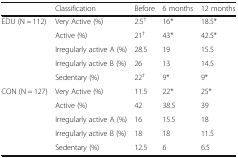
<table><thead><tr><td></td><td><b>Classification</b></td><td><b>Before</b></td><td><b>6 months</b></td><td><b>12 months</b></td></tr></thead><tbody><tr><td rowspan="4">EDU (N = 112)</td><td>Very Active (%)</td><td>2.5<sup>†</sup></td><td>16*</td><td>18.5*</td></tr><tr><td>Active (%)</td><td>21<sup>†</sup></td><td>43*</td><td>42.5*</td></tr><tr><td>Irregularly active A (%)</td><td>28.5</td><td>19</td><td>15.5</td></tr><tr><td>Irregularly active B (%)</td><td>26</td><td>13</td><td>14.5</td></tr><tr><td></td><td>Sedentary (%)</td><td>22<sup>†</sup></td><td>9*</td><td>9*</td></tr><tr><td rowspan="5">CON (N = 127)</td><td>Very Active (%)</td><td>11.5</td><td>22*</td><td>25*</td></tr><tr><td>Active (%)</td><td>42</td><td>38.5</td><td>39</td></tr><tr><td>Irregularly active A (%)</td><td>16</td><td>15.5</td><td>18</td></tr><tr><td>Irregularly active B (%)</td><td>18</td><td>18</td><td>11.5</td></tr><tr><td>Sedentary (%)</td><td>12.5</td><td>6</td><td>6.5</td></tr></tbody></table>